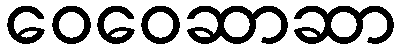
ဝေဝေဆာဆာ